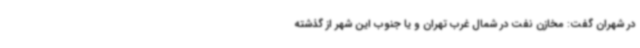
در شهران گفت: مخازن نفت در شمال غرب تهران و یا جنوب این شهر از گذشته